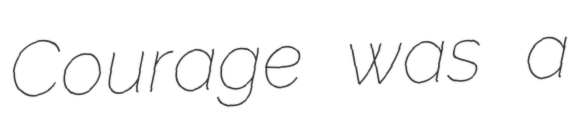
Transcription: Courage was a